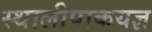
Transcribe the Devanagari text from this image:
स्थालीपाकयज्ञ